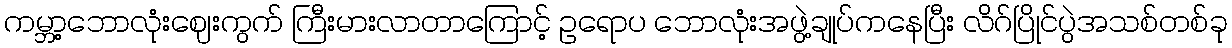
ကမ္ဘာ့ဘောလုံးဈေးကွက် ကြီးမားလာတာကြောင့် ဥရောပ ဘောလုံးအဖွဲ့ချုပ်ကနေပြီး လိဂ်ပြိုင်ပွဲအသစ်တစ်ခု